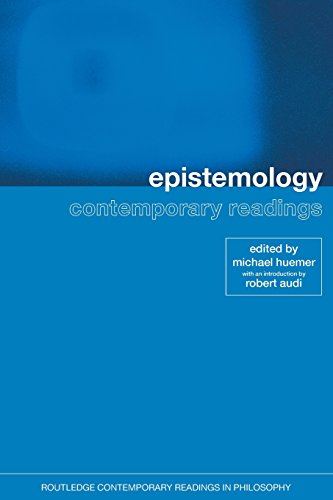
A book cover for Epistemology: Contemporary Readings (Routledge Contemporary Readings in Philosophy); Politics & Social Sciences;